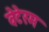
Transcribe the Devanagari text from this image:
वेटेरम